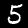
Digit: 5